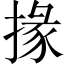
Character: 掾